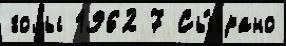
голы 1962 7 Сы́грано